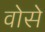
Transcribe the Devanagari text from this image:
वोसे